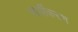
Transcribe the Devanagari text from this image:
सार्वीकरण